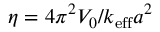
{ \eta } = 4 { \pi } ^ { 2 } V _ { 0 } / k _ { \mathrm { e f f } } a ^ { 2 }